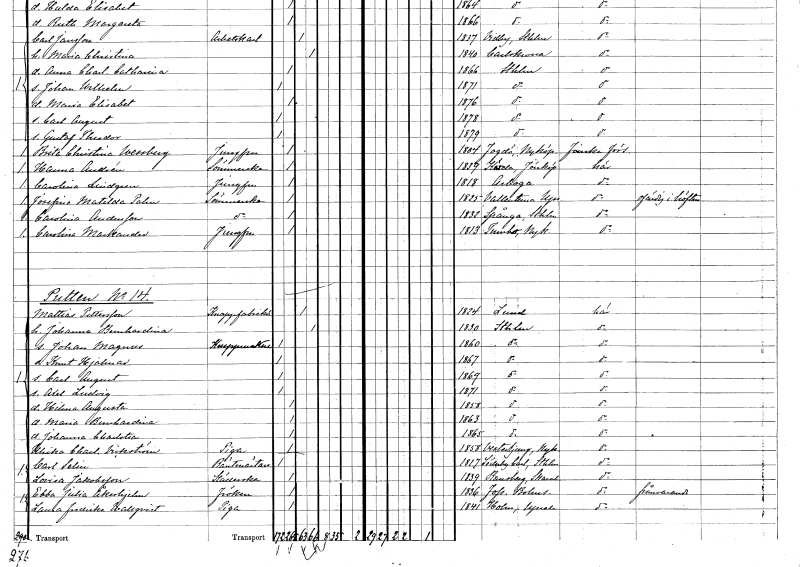
gt_parse: households: individuals: FN: Brita Christina
EN: Wessberg
YRKE: Jungfru
KON: K
CIV: O
FODAR: 1804
FODFORS: Fogdö Södermanlands län
FN: Hanna
EN: Andrén
YRKE: Sömmerska
KON: K
CIV: O
FODAR: 1839
FODFORS: Kärda Jönköpings län
FN: Carolina
EN: Lindgren
YRKE: Jungfru
KON: K
CIV: O
FODAR: 1818
FODFORS: Arboga Västmanlands län
FN: Josefina Matilda
EN: Palm
YRKE: Sömmerska
KON: K
CIV: O
FODAR: 1825
FODFORS: Vallentuna Stockholms län
FN: Carolina
EN: Andersson
YRKE: Sömmerska
KON: K
CIV: O
FODAR: 1832
FODFORS: Spånga Stockholms län
FN: Carolina
EN: Markander
YRKE: Jungfru
KON: K
CIV: O
FODAR: 1813
FODFORS: Tumbo Södermanlands län
FN: Mattias
EN: Pettersson
YRKE: Knappfabrikör
KON: M
CIV: G
FODAR: 1824
FODFORS: Lund Malmöhus län
FN: Johanna Bernhardina
KON: K
CIV: G
FODAR: 1830
FODFORS: Stockholm
FN: Johan Magnus
YRKE: Knappmakare
KON: M
CIV: O
FODAR: 1860
FODFORS: Stockholm
FN: Knut Hjalmar
KON: M
CIV: O
FODAR: 1867
FODFORS: Stockholm
FN: Carl August
KON: M
CIV: O
FODAR: 1869
FODFORS: Stockholm
FN: Axel Ludvig
KON: M
CIV: O
FODAR: 1871
FODFORS: Stockholm
FN: Hilma Augusta
KON: K
CIV: O
FODAR: 1858
FODFORS: Stockholm
FN: Maria Bernhardina
KON: K
CIV: O
FODAR: 1863
FODFORS: Stockholm
FN: Johanna Charlotta
KON: K
CIV: O
FODAR: 1865
FODFORS: Stockholm
FN: Ulrika Charlotta
EN: Vickström
YRKE: Piga
KON: K
CIV: O
FODAR: 1858
FODFORS: Västerljung Södermanlands län
FN: Carl
EN: Selin
YRKE: Räntmästare
KON: M
CIV: O
FODAR: 1817
FODFORS: Söderby-Karl Stockholms län
FN: Lovisa
EN: Jakobsson
YRKE: Städerska
KON: K
CIV: O
FODAR: 1839
FODFORS: Ransberg Skaraborgs län
FN: Ebba Julia
EN: Åkerhjelm
KON: K
CIV: O
FODAR: 1836
FODFORS: Foss Göteborgs- och Bohuslän
FN: Laura Fredrika
EN: Wallqvist
YRKE: Piga
KON: K
CIV: O
FODAR: 1841
FODFORS: Holm Uppsala län